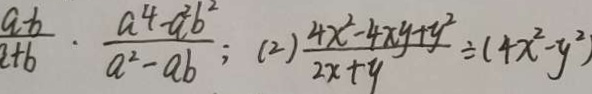
\frac { a - b } { a + b } \cdot \frac { a ^ { 4 } - a ^ { 2 } b ^ { 2 } } { a ^ { 2 } - a b } ; ( 2 ) \frac { 4 x ^ { 2 } - 4 x y + y ^ { 2 } } { 2 x + y } \div ( 4 x ^ { 2 } - y ^ { 2 } )